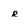
Character: r